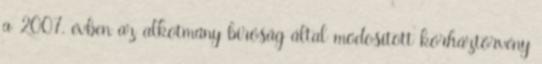
a 2007. évben az alkotmány bíróság által módosított kórháztörvény